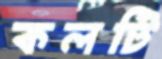
কলটি